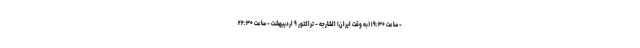
- ساعت ۱۹:۳۰ (به وقت ایران) الشارجه - تراکتور ۹ اردیبهشت - ساعت ۲۲:۳۰